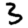
Digit: 3